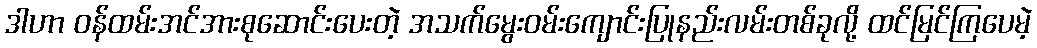
ဒါဟာ ဝန်ထမ်းအင်အားစုဆောင်းပေးတဲ့ အသက်မွေးဝမ်းကျောင်းပြုနည်းလမ်းတစ်ခုလို့ ထင်မြင်ကြပေမဲ့